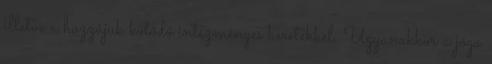
illetve a hozzájuk kötődő intézményes keretekkel. Ugyanakkor a jóga